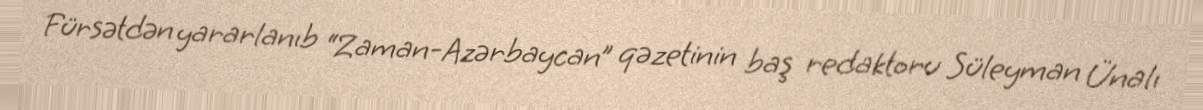
Fürsətdən yararlanıb “Zaman-Azərbaycan” qəzetinin baş redaktoru Süleyman Ünalı